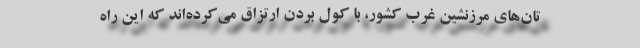
تان‌های مرزنشین غرب کشور، با کول بردن ارتزاق می‌کرده‌اند که این راه